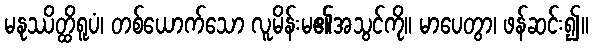
မနုဿိတ္ထိရူပံ၊ တစ်ယောက်သော လူမိန်းမ၏အသွင်ကို။ မာပေတွာ၊ ဖန်ဆင်း၍။